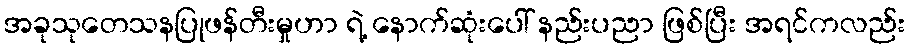
အခုသုတေသနပြုဖန်တီးမှုဟာ ရဲ့ နောက်ဆုံးပေါ် နည်းပညာ ဖြစ်ပြီး အရင်ကလည်း